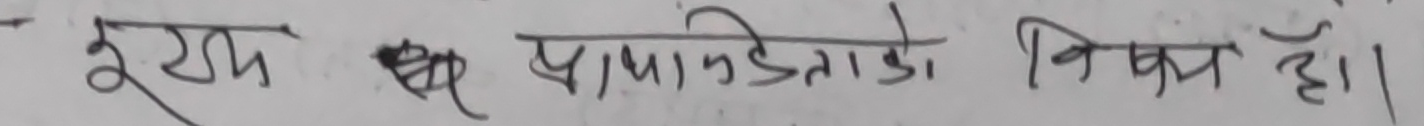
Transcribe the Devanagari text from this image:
इयम् प्रामाणिकताको विषय हो।